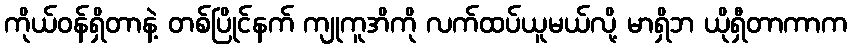
ကိုယ်ဝန်ရှိတာနဲ့ တစ်ပြိုင်နက် ကျုကူအိကို လက်ထပ်ယူမယ်လို့ မာရှိဘ ယိုရှီတာကာက